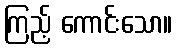
ကြည့် ကောင်းသော။